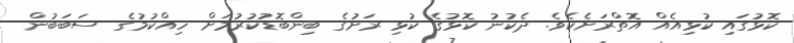
ކޮޅުގައި ކުޅިއެއް އޮތްރަށެކެވެ. ދެކުނު ކޮޅުގެ ކުޅި ރަށުގެ ބިންބޮޑުކުރުމަށް ހިއްކުމުގެ ސަބަބުން